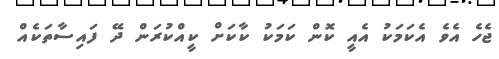
ޖެހެ އެވެ އެކަމަކު އެއީ ކޮން ކަމަކު ކާކަށް ކީއްކުރަން ދޭ ފައިސާތަކެއް